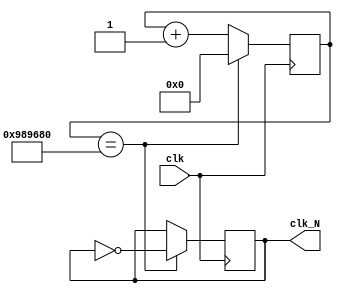
`timescale 1ns/1ps
module divider (clk, clk_N);
    input           clk;
    output reg      clk_N;
    parameter      N = 10_000_000;
    reg [31:0]      counter;
        initial begin;
            counter <= 32'h0;
            clk_N <= 1'b0;
        end
    always @(posedge clk)  begin
        if(counter==N) begin
            clk_N <= ~clk_N;
            counter <= 32'h0;
        end
        else
            counter <= counter + 1;
    end
endmodule